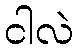
ငါလဲ